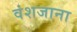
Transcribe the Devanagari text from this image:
वंशजाना